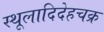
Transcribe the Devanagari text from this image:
स्थूलादिदेहचक्र